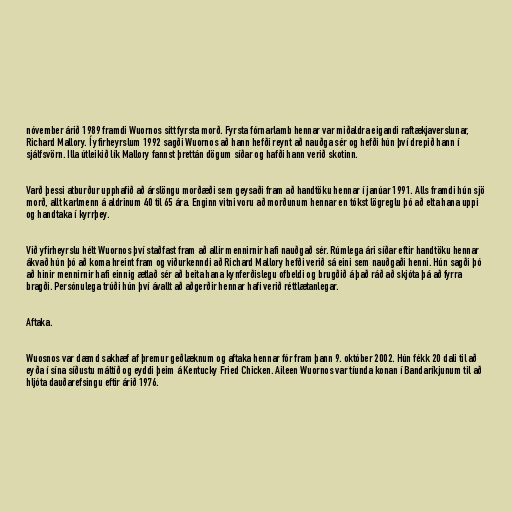
nóvember árið 1989 framdi Wuornos sitt fyrsta morð. Fyrsta fórnarlamb hennar var miðaldra eigandi raftækjaverslunar,
Richard Mallory. Í yfirheyrslum 1992 sagði Wuornos að hann hefði reynt að nauðga sér og hefði hún því drepið hann í
sjálfsvörn. Illa útleikið lík Mallory fannst þrettán dögum síðar og hafði hann verið skotinn.

Varð þessi atburður upphafið að árslöngu morðæði sem geysaði fram að handtöku hennar í janúar 1991. Alls framdi hún sjö
morð, allt karlmenn á aldrinum 40 til 65 ára. Enginn vitni voru að morðunum hennar en tókst lögreglu þó að elta hana uppi
og handtaka í kyrrþey.

Við yfirheyrslu hélt Wuornos því staðfast fram að allir mennirnir hafi nauðgað sér. Rúmlega ári síðar eftir handtöku hennar
ákvað hún þó að koma hreint fram og viðurkenndi að Richard Mallory hefði verið sá eini sem nauðgaði henni. Hún sagði þó
að hinir mennirnir hafi einnig ætlað sér að beita hana kynferðislegu ofbeldi og brugðið á það ráð að skjóta þá að fyrra
bragði. Persónulega trúði hún því ávallt að aðgerðir hennar hafi verið réttlætanlegar.

Aftaka.

Wuosnos var dæmd sakhæf af þremur geðlæknum og aftaka hennar fór fram þann 9. október 2002. Hún fékk 20 dali til að
eyða í sína síðustu máltíð og eyddi þeim á Kentucky Fried Chicken. Aileen Wuornos var tíunda konan í Bandaríkjunum til að
hljóta dauðarefsingu eftir árið 1976.